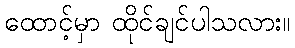
ထောင့်မှာ ထိုင်ချင်ပါသလား။